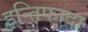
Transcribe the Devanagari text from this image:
इन्तिफादा